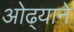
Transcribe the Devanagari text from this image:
ओढ्याने